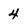
Character: 4